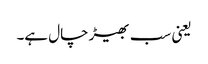
یعنی سب بھیڑ چال ہے۔